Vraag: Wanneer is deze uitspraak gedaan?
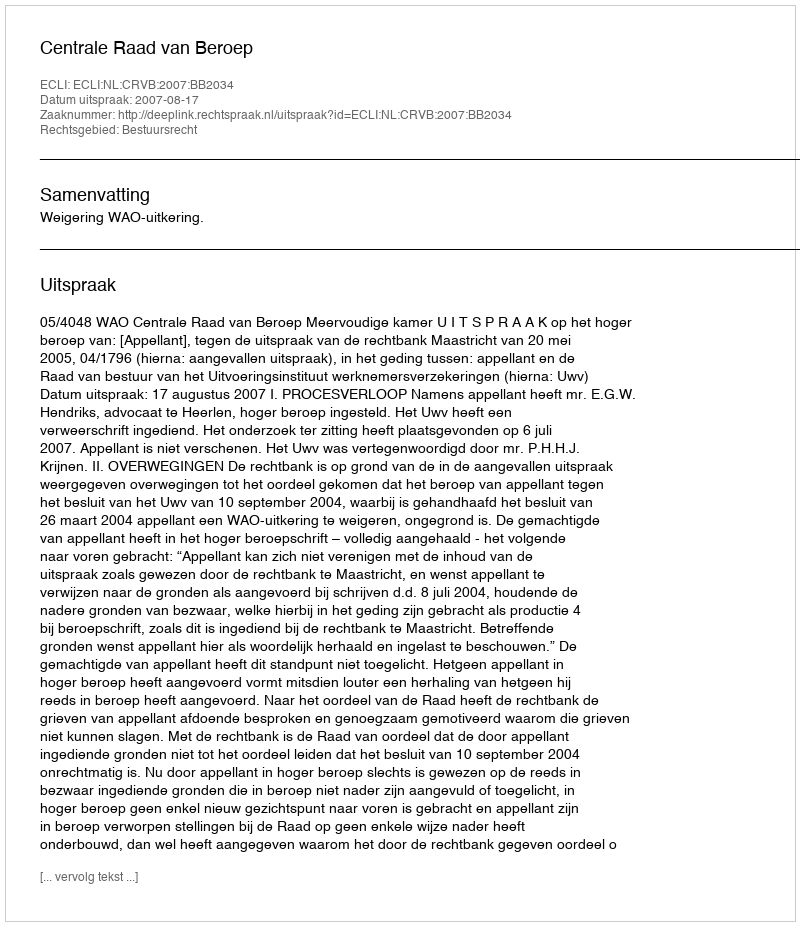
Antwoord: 2007-08-17